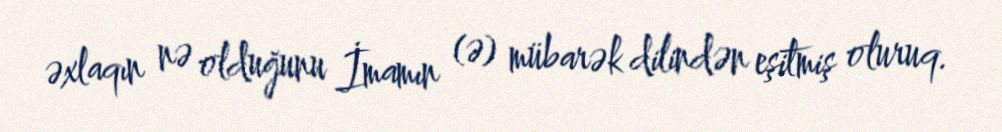
əxlaqın nə olduğunu İmamın (ə) mübarək dilindən eşitmiş oluruq.